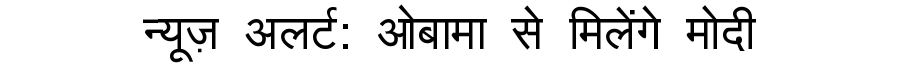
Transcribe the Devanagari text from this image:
न्यूज़ अलर्ट: ओबामा से मिलेंगे मोदी